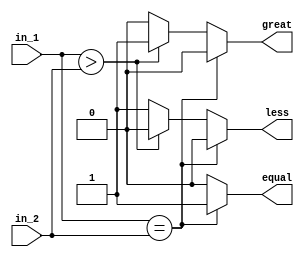
`timescale 1ns / 1ps
//////////////////////////////////////////////////////////////////////////////////
// Company: 
// Engineer: 
// 
// Design Name: 
// Module Name: comp
// Project Name: 
// Target Devices: 
// Tool Versions: 
// Description: 
// 
// Dependencies: 
// 
// Revision:
// Revision 0.01 - File Created
// Additional Comments:
// 
//////////////////////////////////////////////////////////////////////////////////


module comp(
    input [3:0] in_1,
    input [3:0] in_2,
    output reg equal,
    output reg less,
    output reg great
    );
    always@(*)
    begin
        equal = 0;
        great = 0;
        less = 0;
        if(in_1 == in_2)
            equal = 1;
        else if(in_1 > in_2)
            great = 1;
        else
            less = 1;
    end
endmodule